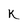
Character: K